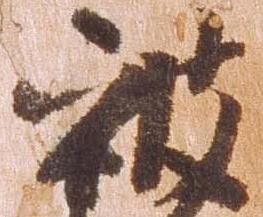
被